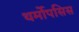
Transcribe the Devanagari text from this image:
थर्मोपसिस